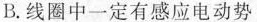
B. 线圈中一定有感应电动势